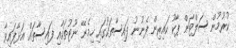
ކުރުމުން ސަލްޓަން ޕާކު ކައިރިން ފެނުނު ފައިސާތަކުގައި ހިމެނޭ ނޫޓުތަކާއި ފައިސާތައް އަޅާފައިވާ